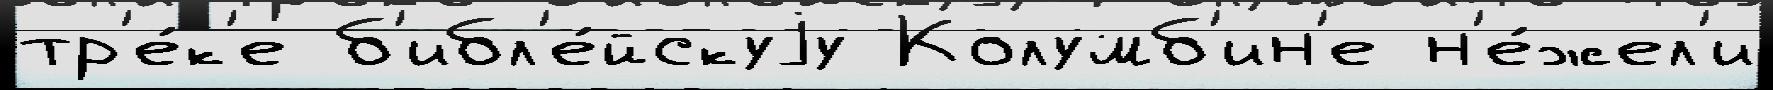
тр'е́к'е б'ибл'е́йскуjу Колумб'ин'е н'е́жел'и